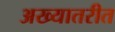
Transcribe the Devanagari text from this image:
अख्यातरीत